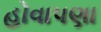
હોવાપણા